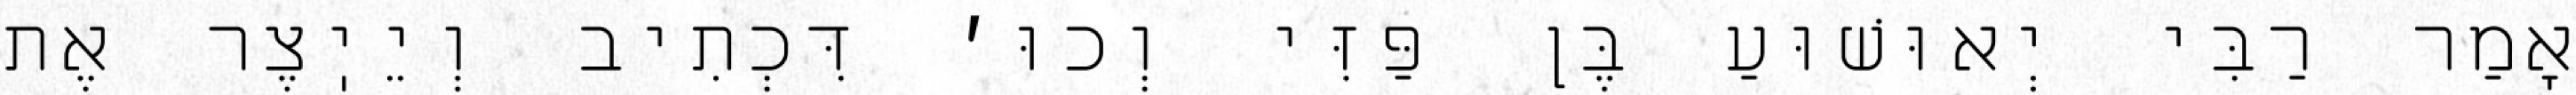
אָמַר רַבִּי יְאוּשׁוּעַ בֶּן פַּזִּי וְכוּ׳ דִּכְתִיב וְיֵיֽצֶר אֶת